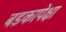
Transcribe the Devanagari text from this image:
बडकापेक्षा